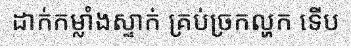
ដាក់កម្លាំងស្ទាក់ គ្រប់ច្រកល្ហក ទើប